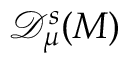
\mathscr { D } _ { \mu } ^ { s } ( M )